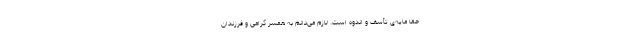
حقاً مایه‌ی تأسف و اندوه است. لازم می‌دانم به همسر گرامی و فرزندان